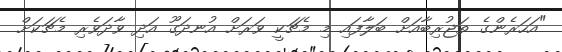
"އަހަރެންގެ ތަޖުރިބާއަށް ބަލާފައި މި މެޗަކީ ވަރަށް އުނދަގޫ އަދި ވާދަވެރި މެޗަކަށް